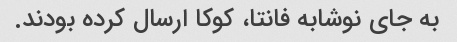
به جای نوشابه فانتا، کوکا ارسال کرده بودند.